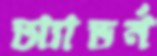
অ্যাডর্ন